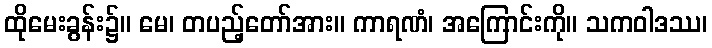
ထိုမေးခွန်း၌။ မေ၊ တပည့်တော်အား။ ကာရဏံ၊ အကြောင်းကို။ သကဝါဒဿ၊